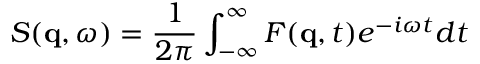
S ( \mathbf { q } , \omega ) = \frac { 1 } { 2 \pi } \int _ { - \infty } ^ { \infty } F ( \mathbf { q } , t ) e ^ { - i \omega t } d t